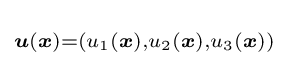
\scriptstyle {\boldsymbol {u}}({\boldsymbol {x}})=\left(u_{1}({\boldsymbol {x}}),u_{2}({\boldsymbol {x}}),u_{3}({\boldsymbol {x}})\right)